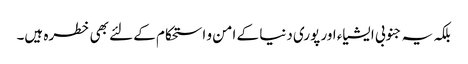
بلکہ یہ جنوبی ایشیاء اور پوری دنیا کے امن و استحکام کے لئے بھی خطرہ ہیں۔